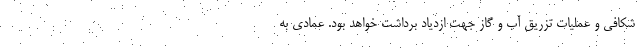
شکافی و عملیات تزریق آب و گاز جهت ازدیاد برداشت خواهد بود. عمادی به